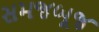
સમજબૂજ